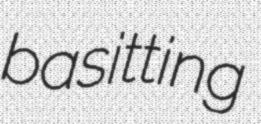
basitting